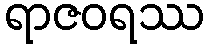
ရာဇဝရဿ